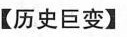
【历史巨变】